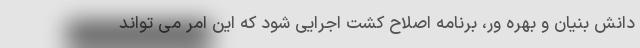
دانش بنیان و بهره ور، برنامه اصلاح کشت اجرایی شود که این امر می تواند